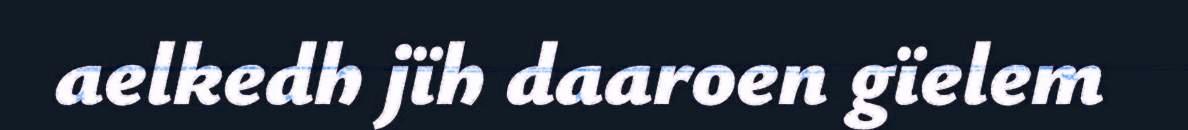
aelkedh jïh daaroen gïelem